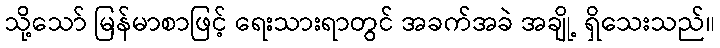
သို့သော် မြန်မာစာဖြင့် ရေးသားရာတွင် အခက်အခဲ အချို့ ရှိသေးသည်။